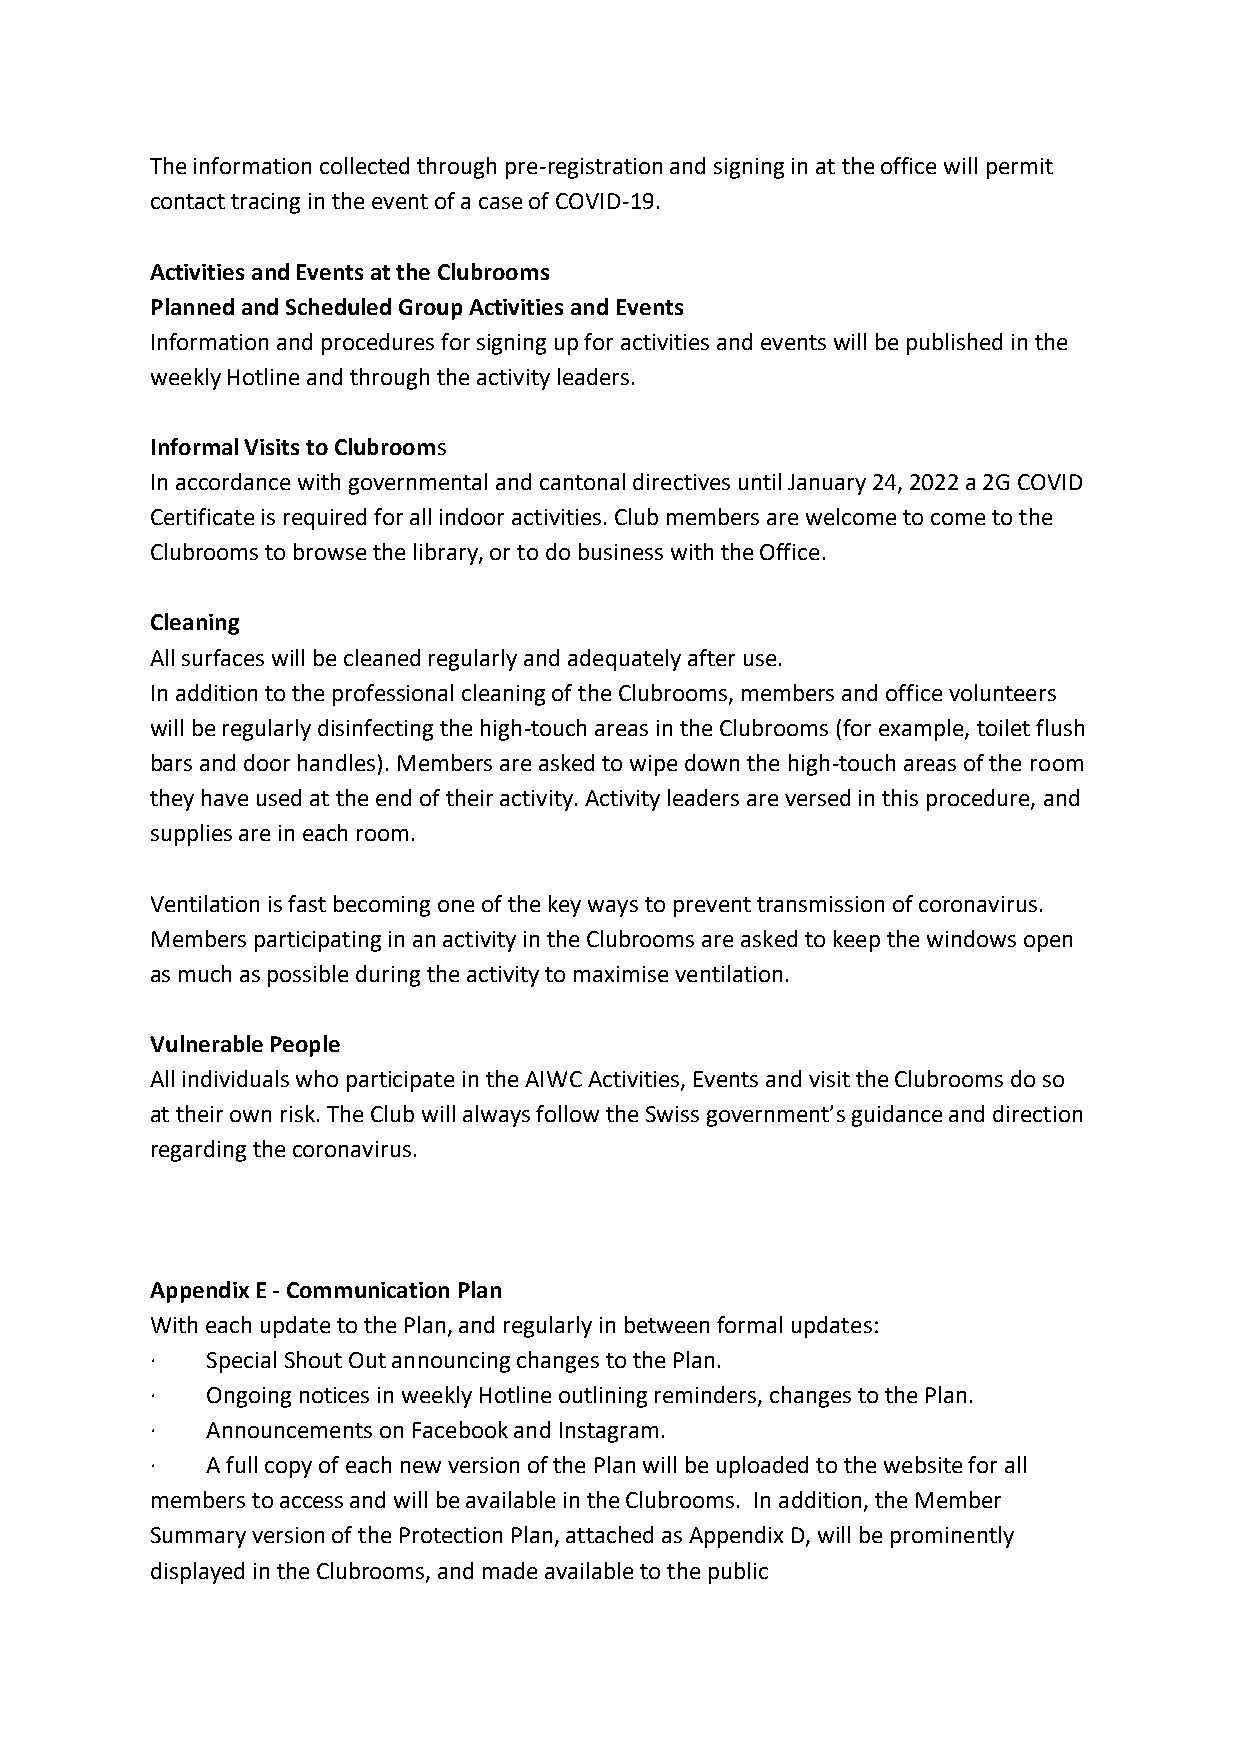
The information collected through pre-registration and signing in at the office will permit
 contact tracing in the event of a case of COVID-19.
 Activities and Events at the Clubrooms
 Planned and Scheduled Group Activities and Events
 Information and procedures for signing up for activities and events will be published in the
 weekly Hotline and through the activity leaders.
 Informal Visits to Clubrooms
 In accordance with governmental and cantonal directives until January 24, 2022 a 2G COVID
 Certificate is required for all indoor activities. Club members are welcome to come to the
 Clubrooms to browse the library, or to do business with the Office.
 Cleaning
 All surfaces will be cleaned regularly and adequately after use.
 In addition to the professional cleaning of the Clubrooms, members and office volunteers
 will be regularly disinfecting the high-touch areas in the Clubrooms (for example, toilet flush
 bars and door handles). Members are asked to wipe down the high-touch areas of the room
 they have used at the end of their activity. Activity leaders are versed in this procedure, and
 supplies are in each room.
 Ventilation is fast becoming one of the key ways to prevent transmission of coronavirus.
 Members participating in an activity in the Clubrooms are asked to keep the windows open
 as much as possible during the activity to maximise ventilation.
 Vulnerable People
 All individuals who participate in the AIWC Activities, Events and visit the Clubrooms do so
 at their own risk. The Club will always follow the Swiss government’s guidance and direction
 regarding the coronavirus.
 Appendix E - Communication Plan
 With each update to the Plan, and regularly in between formal updates:
 ·   Special Shout Out announcing changes to the Plan.
 ·   Ongoing notices in weekly Hotline outlining reminders, changes to the Plan.
 ·   Announcements on Facebook and Instagram.
 ·   A full copy of each new version of the Plan will be uploaded to the website for all
 members to access and will be available in the Clubrooms. In addition, the Member
 Summary version of the Protection Plan, attached as Appendix D, will be prominently
 displayed in the Clubrooms, and made available to the public